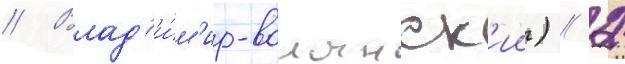
// Влад'и́м'ир-волынск'ии) // 2